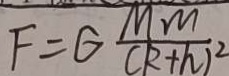
F = G \frac { M m } { ( R + h ) ^ { 2 } }